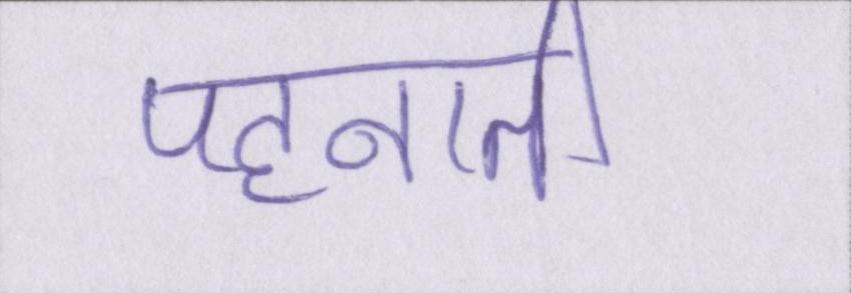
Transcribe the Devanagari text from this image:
पहनाती